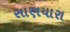
સાણયારા